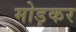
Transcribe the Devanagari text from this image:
मोड़़कर